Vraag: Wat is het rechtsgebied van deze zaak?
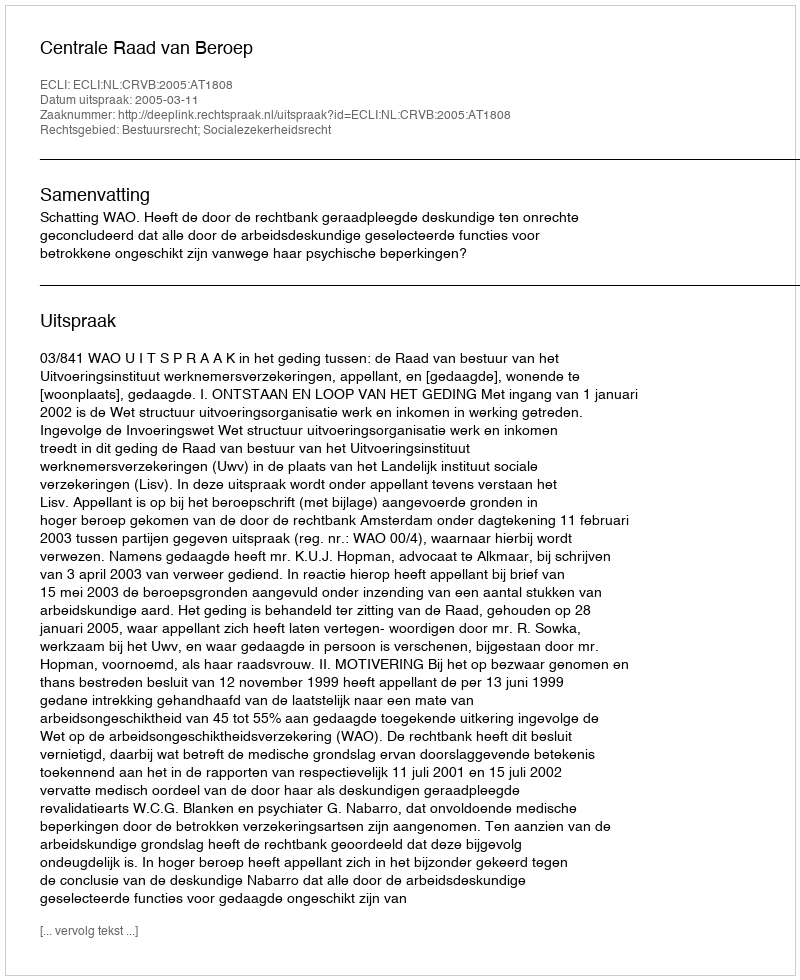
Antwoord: Bestuursrecht; Socialezekerheidsrecht